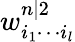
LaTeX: w_{i_{1}\cdots i_{l}}^{n|2}